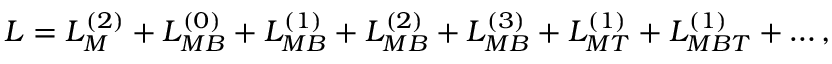
{ \cal L } = { \cal L } _ { M } ^ { ( 2 ) } + { \cal L } _ { M B } ^ { ( 0 ) } + { \cal L } _ { M B } ^ { ( 1 ) } + { \cal L } _ { M B } ^ { ( 2 ) } + { \cal L } _ { M B } ^ { ( 3 ) } + { \cal L } _ { M T } ^ { ( 1 ) } + { \cal L } _ { M B T } ^ { ( 1 ) } + \ldots ,